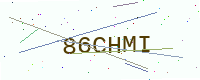
Text: 86CHMI